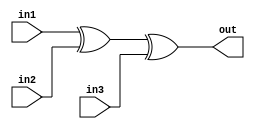
/*
    CS/ECE 552 Spring '22
    Homework #1, Problem 2

    3 input XOR
*/
module xor3 (out,in1,in2,in3);
   output out;
   input in1,in2,in3;
   assign out = in1 ^ in2 ^ in3;
endmodule